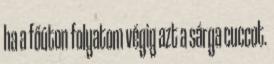
ha a főúton folyatom végig azt a sárga cuccot.